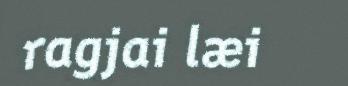
ragjai læi